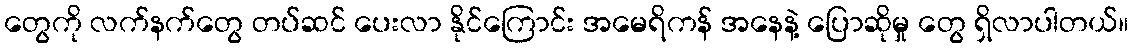
တွေကို လက်နက်တွေ တပ်ဆင် ပေးလာ နိုင်ကြောင်း အမေရိကန် အနေနဲ့ ပြောဆိုမှု တွေ ရှိလာပါတယ်။